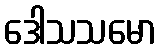
ဒေါသသမော